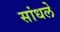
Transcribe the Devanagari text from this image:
सांधले